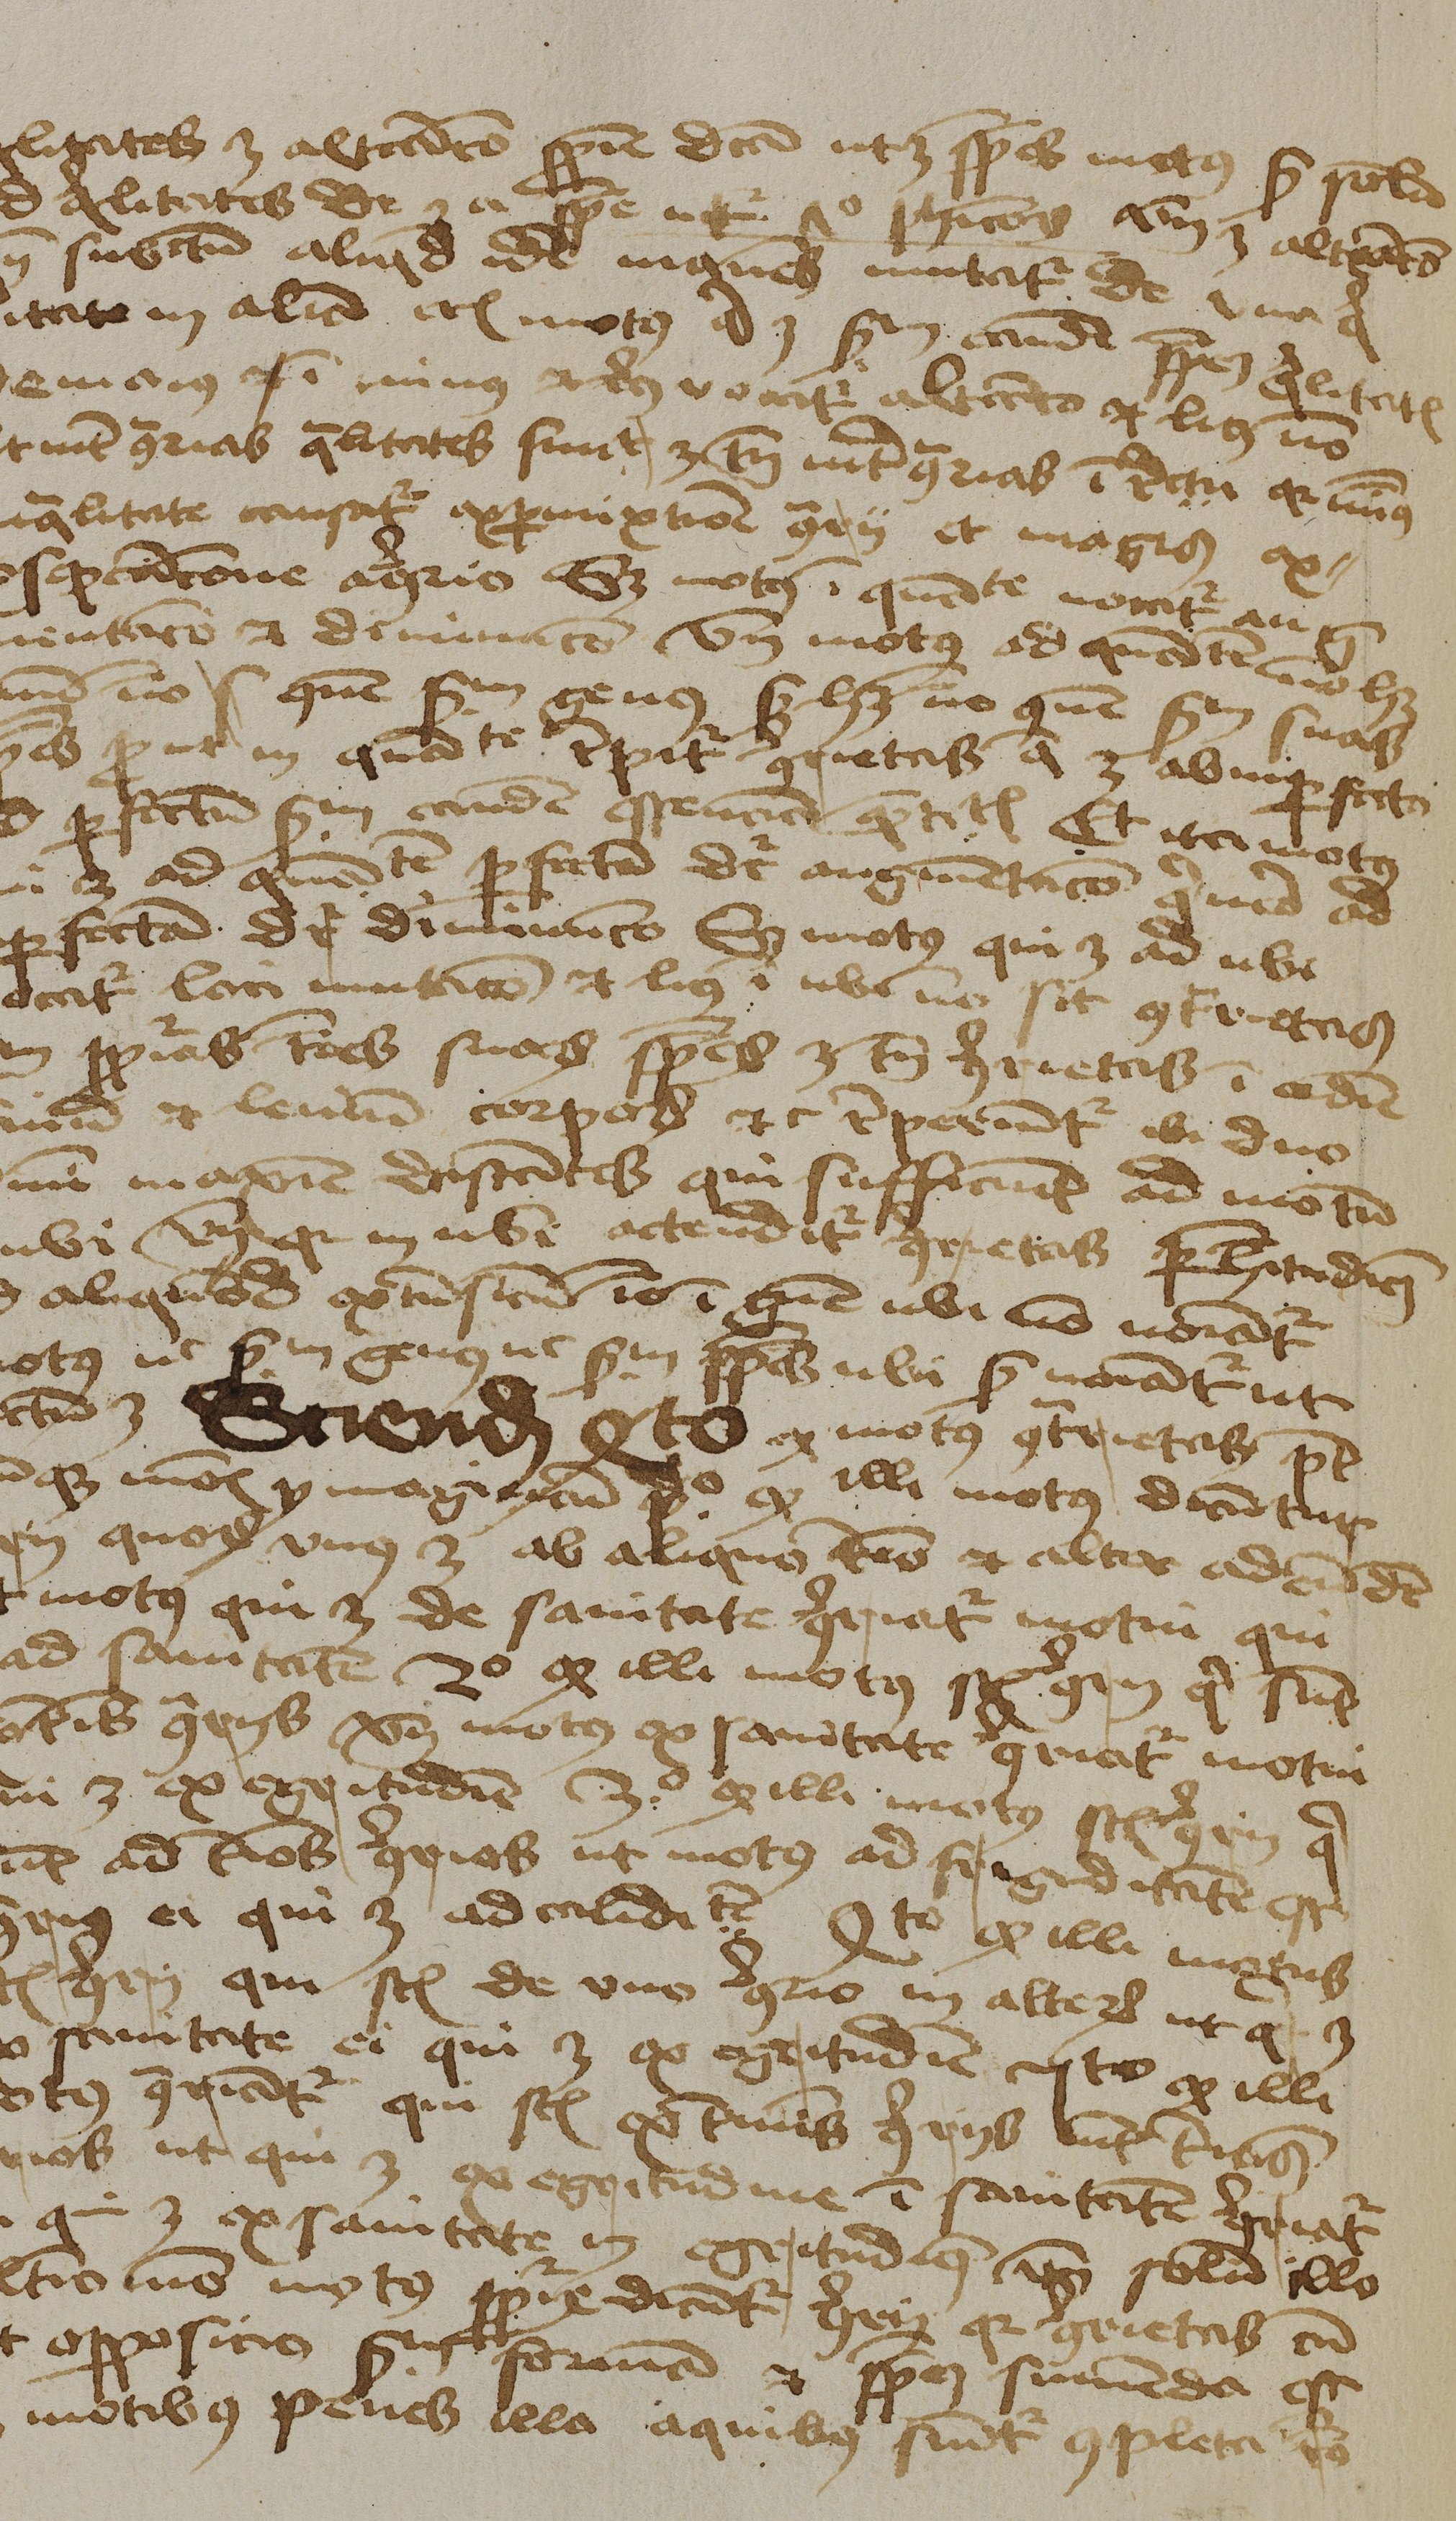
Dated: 1450–1474